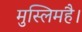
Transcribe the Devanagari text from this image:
मुस्लिमहै।